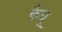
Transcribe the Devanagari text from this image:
कैधू